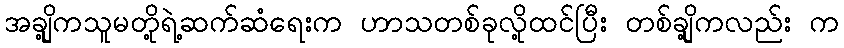
အချို့ကသူမတို့ရဲ့ဆက်ဆံရေးက ဟာသတစ်ခုလို့ထင်ပြီး တစ်ချို့ကလည်း က